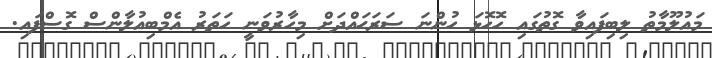
މައުލޫމާތު ލިބިފައިވާ ގޮތުގައި ހޮހޮޅަ ހުންނަ ސަރަޙައްދަށް މިހާރުވަނީ ހަތަރު އެމްބިއުލާންސް ގޮސްފައި.